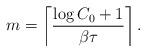
LaTeX: \begin{align*}m =\left\lceil\frac{\log C_0+1}{\beta\tau}\right\rceil.\end{align*}